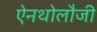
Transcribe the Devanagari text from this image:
ऐनथोलौजी